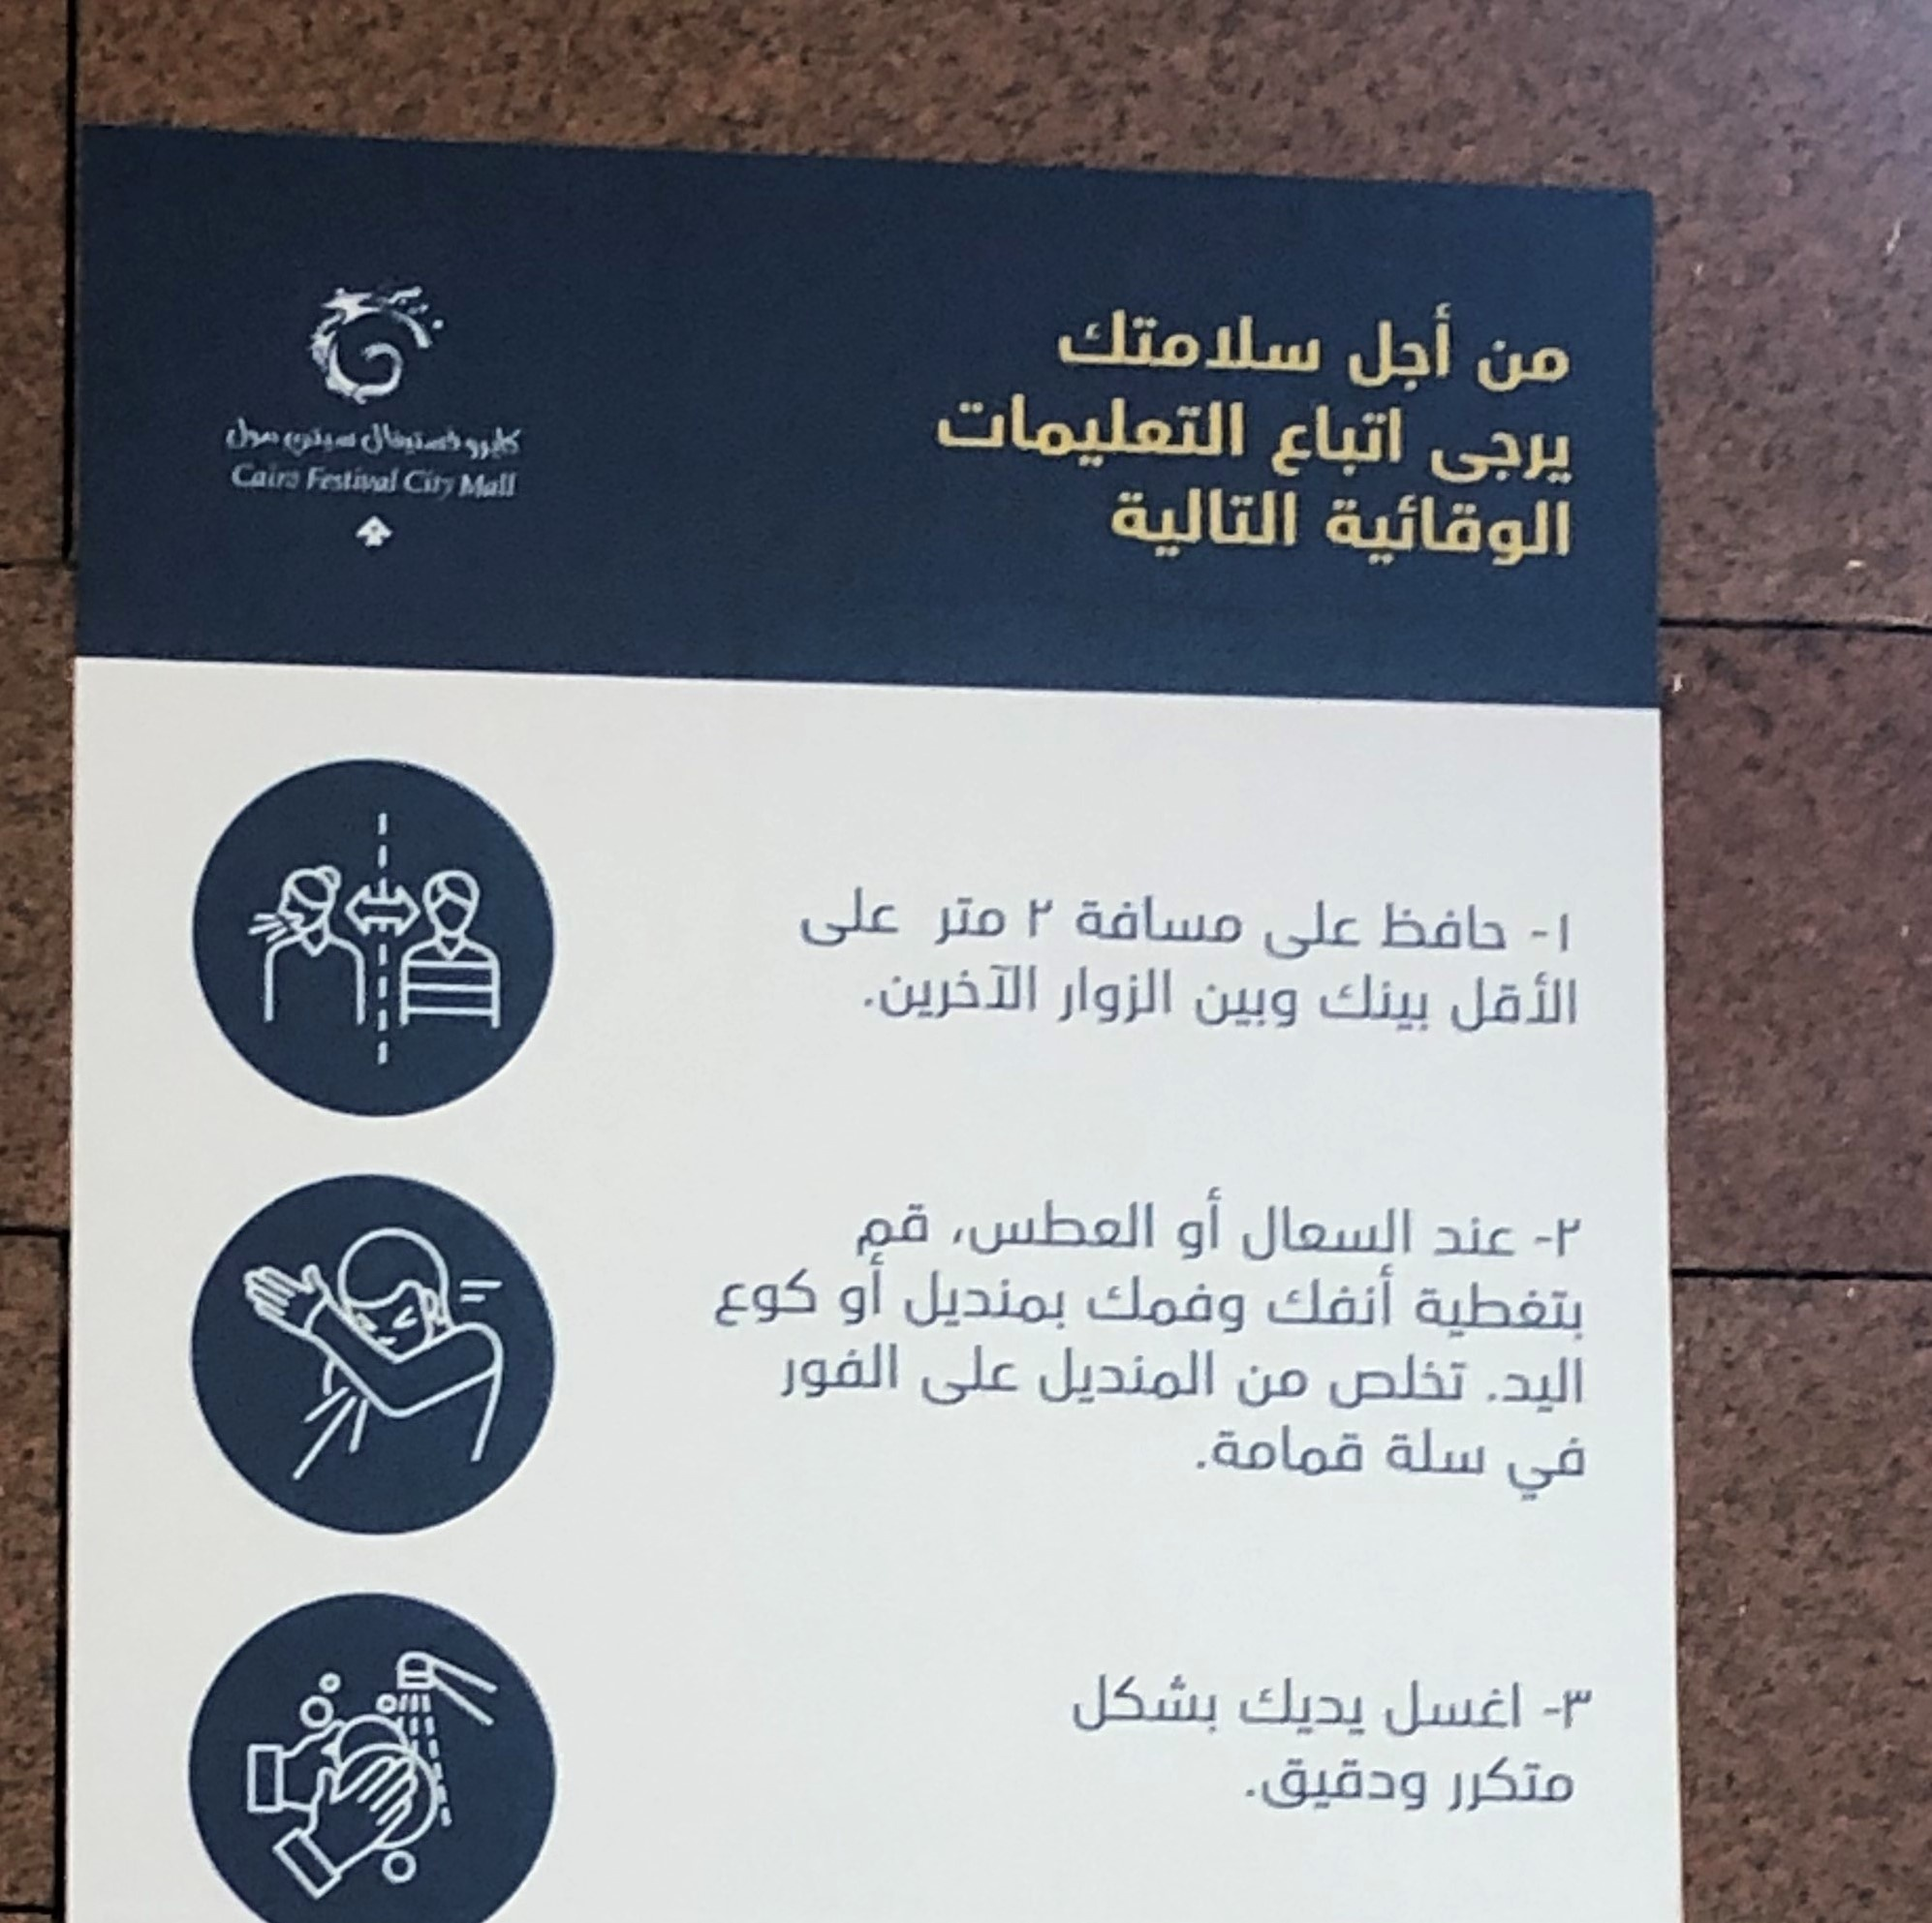
Text in image: سلامتك أجل من التعليمات مول اتباع فستيفال سيتي كايرو يرجى التالية الوقائية 2 مسافة على متر حافظ على 1 الآخرين. الزوار بينك الأقل وبين أو العطس قم السعال عند أو كوع بمنديل وفمك أنفك بتغطية الفور على المنديل اليد تخلص من قمامة. سلة في بشكل يديك 3 اغسل متكرر ودقيق Cairo Festival City Mall